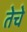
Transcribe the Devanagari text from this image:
तेचे